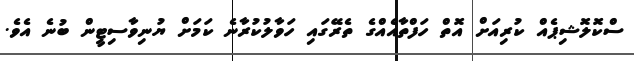
ސްކޮލޮޝިޕެއް ކުރިއަށް އޮތް ހަފްތާއެއްގެ ތެރޭގައި ހަވާލުކުރާނެ ކަމަށް ޔުނިވާސިޓީން ބުނެ އެވެ.